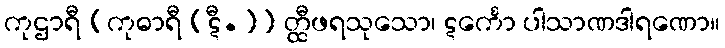
ကုဌာရီ [ကုဓာရီ (ဋီ.)] တ္ထီဖရသုသော၊ ဋင်္ကော ပါသာဏဒါရဏော။